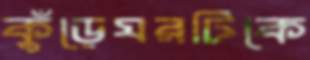
কুঁড়েঘরটিকে